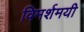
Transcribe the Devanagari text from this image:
विमर्शमयी